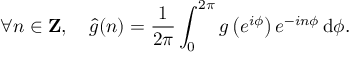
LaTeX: \forall n \in \mathbf { Z } , \ \ \ { \hat { g } } ( n ) = { \frac { 1 } { 2 \pi } } \int _ { 0 } ^ { 2 \pi } g \left( e ^ { i \phi } \right) e ^ { - i n \phi } \, \mathrm { d } \phi .